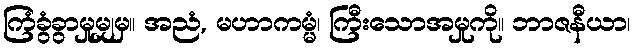
ကြံခွံခွာမှုမျှမှ။ အညံ, မဟာကမ္မံ၊ ကြီးသောအမှုကို။ ဘာဇနီယာ၊